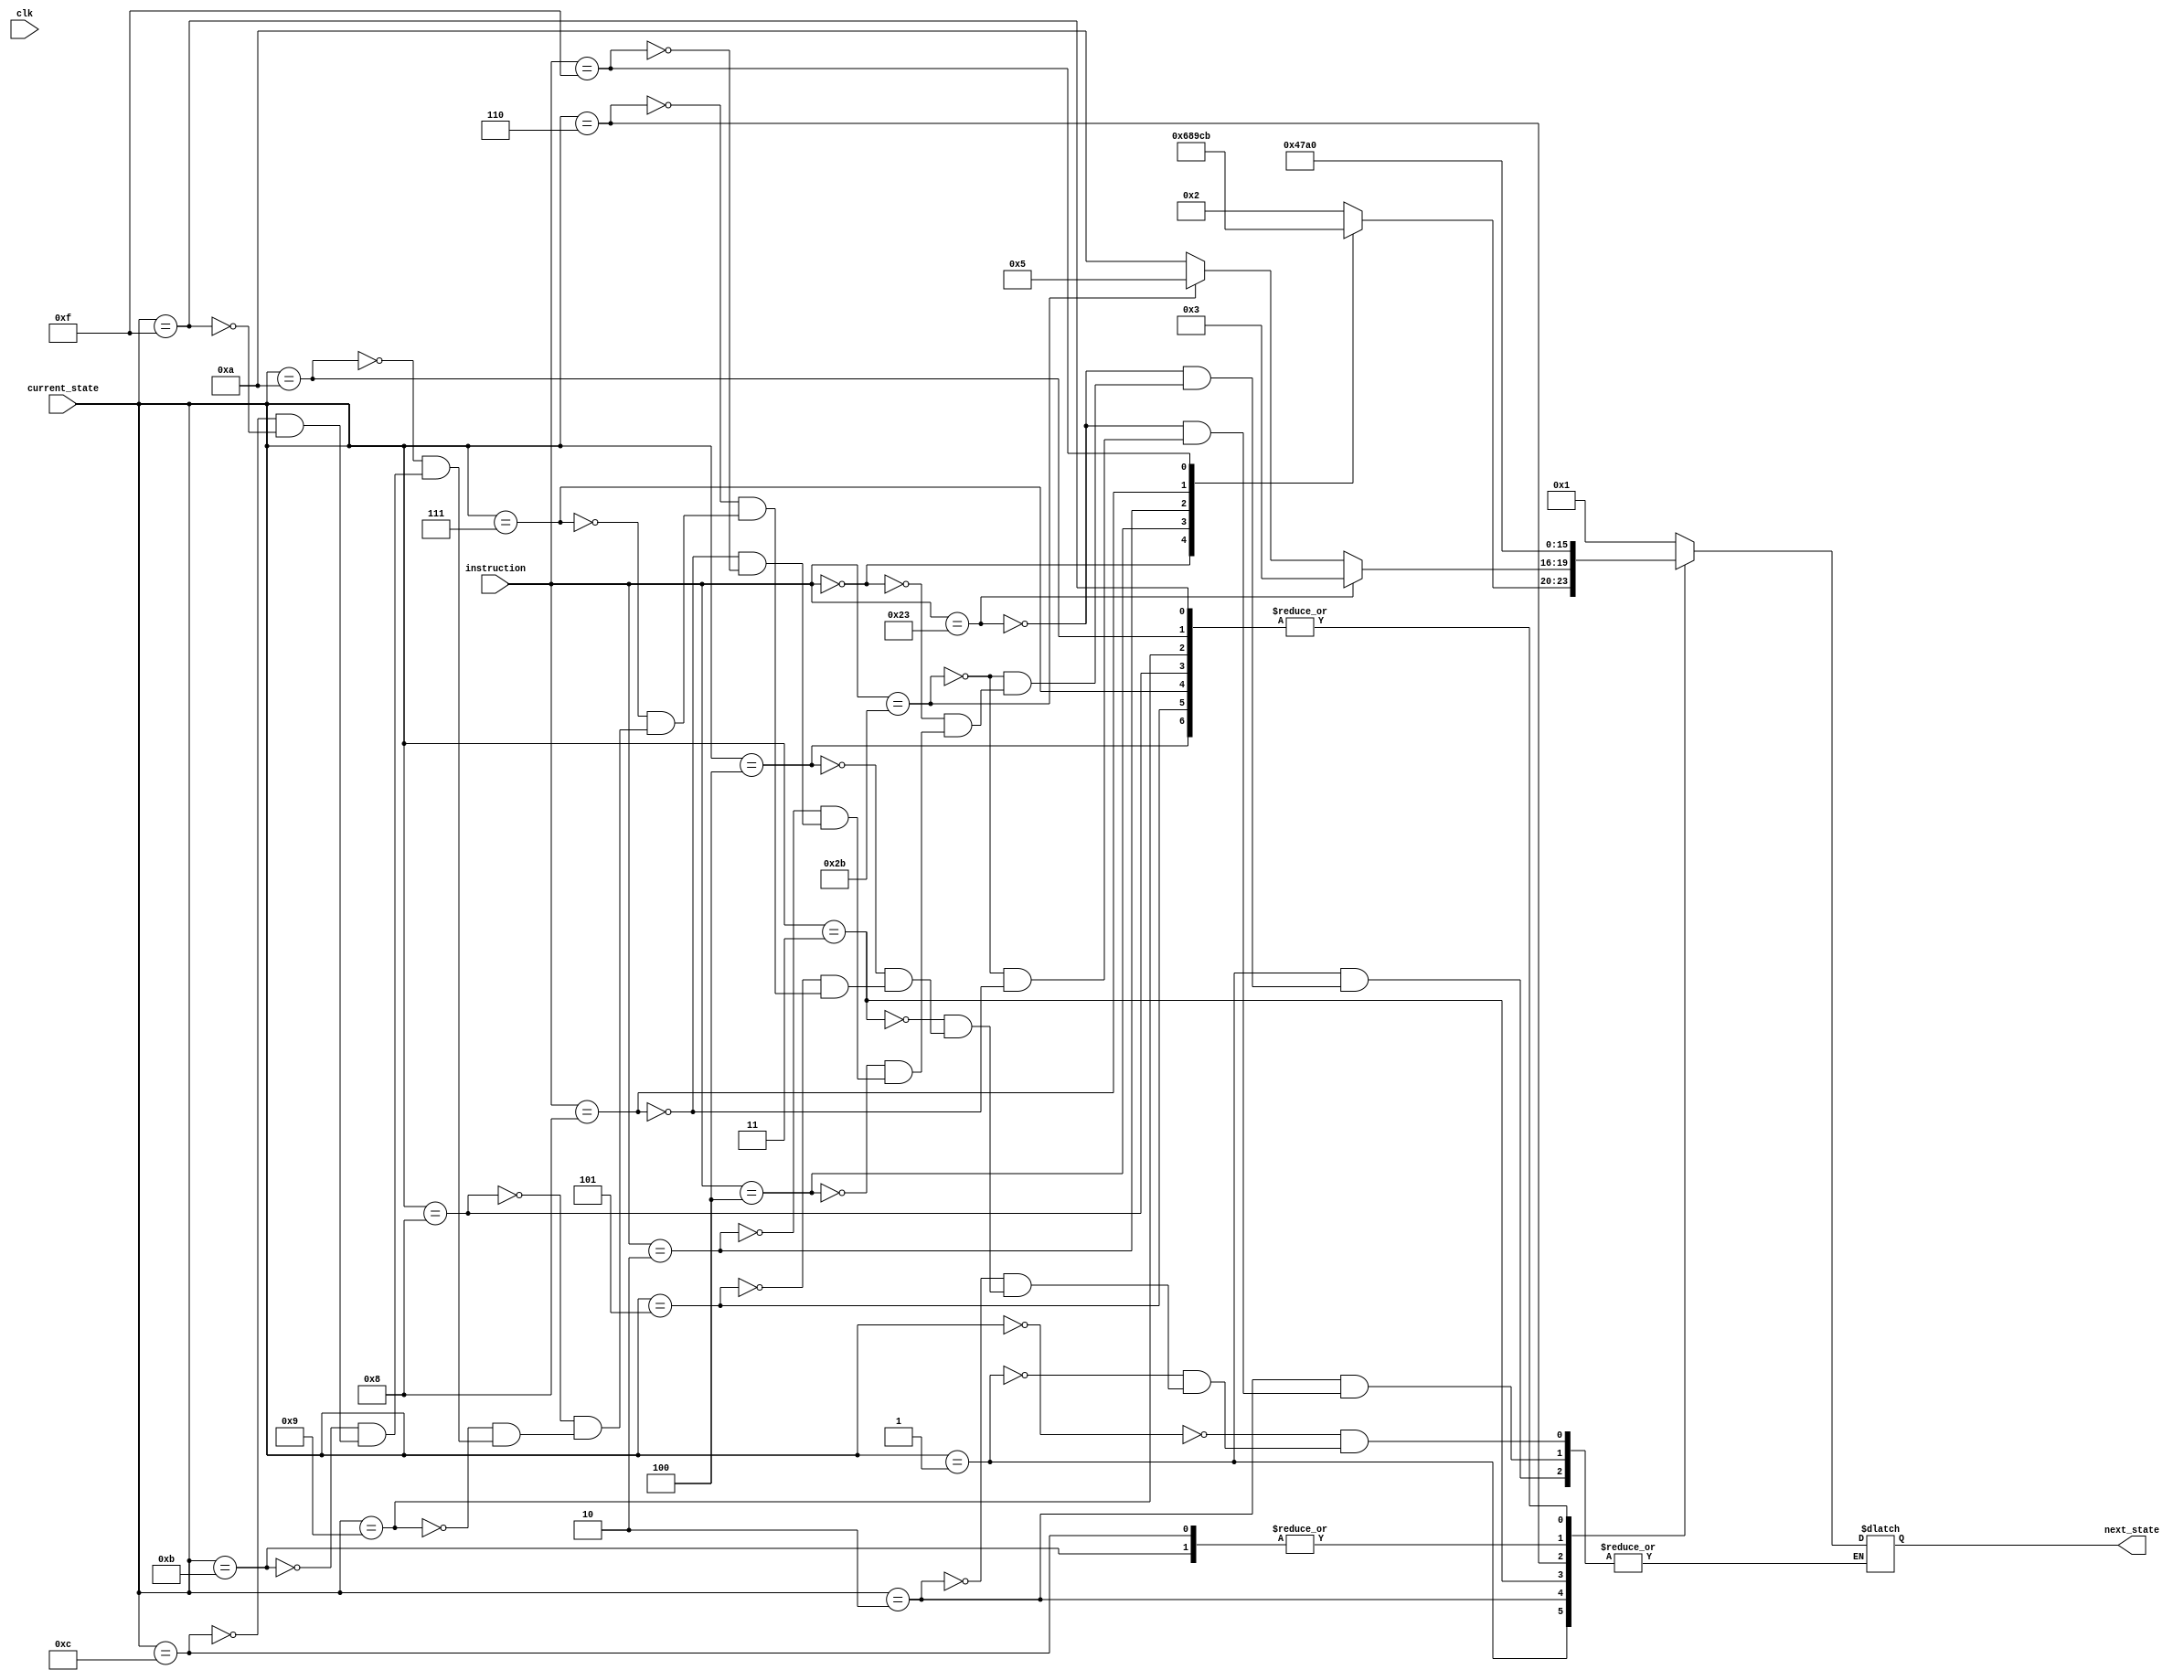
`timescale 1ns / 1ps
//////////////////////////////////////////////////////////////////////////////////
// Company: 
// Engineer: 
// 
// Design Name: 
// Module Name:    state_control 
// Project Name: 
// Target Devices: 
// Tool versions: 
// Description: 
//
// Dependencies: 
//
// Revision: 
// Revision 0.01 - File Created
// Additional Comments: 
//
//////////////////////////////////////////////////////////////////////////////////
module state_control(
                     input wire clk,
                     input wire[5:0] instruction,
                     input wire[3:0] current_state,
							output reg[3:0] next_state
    );


always @* begin

case(current_state)

4'b0000 : begin
next_state<= 4'b0001;
end

4'b0001 : begin 
case(instruction)
6'd35: begin 
next_state<= 4'b0010;
end

6'd43: begin
next_state<= 4'b0010;
end

6'd0: begin
 next_state<= 4'b0110;
end

6'd4: begin
 next_state<= 4'b1000;
end

6'd2:begin
  next_state<= 4'b1001;
end

6'd8: begin
  next_state<= 4'b1100;
end

6'd15: begin
  next_state<= 4'b1011;
end

endcase
end

4'b0010 : begin
if(instruction==6'd35)
next_state<= 4'b0011;
else if(instruction==6'd43)
next_state<= 4'b0101;
else if(instruction==6'd8)
next_state<= 4'b1010;
end

4'b0011 : next_state<= 4'b0100;
4'b0100 : begin 
next_state<= 4'b0000;

end
4'b0101 :begin
 next_state<= 4'b0000;

 end
4'b0110 : next_state<= 4'b0111;
4'b0111 :begin
 next_state<= 4'b0000;

 end
4'b1000 :begin
 next_state<= 4'b0000;

 end
4'b1001 : begin
 next_state<= 4'b0000;
 end
4'b1010 : begin
 next_state<= 4'b0000;
end
4'b1011 : begin
 next_state<= 4'b1010;
end
4'b1100 : begin
 next_state<= 4'b1010;
end
4'b1111 : begin
 next_state<= 4'b0000;
end

endcase
end

endmodule